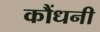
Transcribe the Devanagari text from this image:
कौंधनी